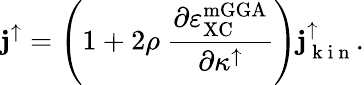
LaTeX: {\mathbf j}^{\uparrow}=\left(1+2\rho\ \frac{\partial\varepsilon_{\mathrm{XC}}^{\mathrm{mGGA}}}{\partial\kappa^{\uparrow}}\right){\mathbf j}_{\mathrm{~k~i~n~}}^{\uparrow}.